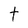
Character: t